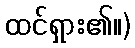
ထင်ရှား၏။)